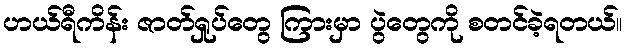
ဟယ်ရီကိန်း ဇာတ်ရှုပ်တွေ ကြားမှာ ပွဲတွေကို စတင်ခဲ့ရတယ်။